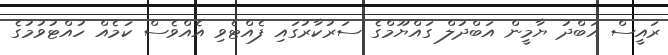
ރައީސް އަބްދު ޔާމީން އަބްދުލް ގައްޔޫމްގެ ސަރުކާރުގައި ފެއްޓެވި އެއްވެސް ކަމެއް ހުއްޓުވުމުގެ